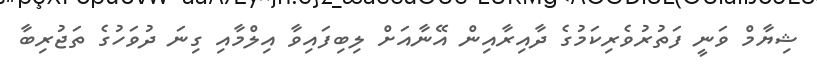
ޝިޔާމް ވަނީ ފަތުރުވެރިކަމުގެ ދާއިރާއިން އޭނާއަށް ލިބިފައިވާ އިލްމާއި ގިނަ ދުވަހުގެ ތަޖުރިބާ